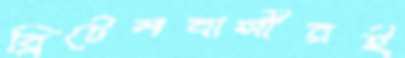
ব্রিটেনবাসীরই